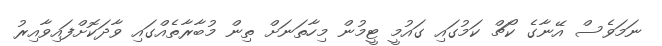
ނަމަވެސް އޭނާގެ ކޯޗް ކަމުގައި ގައުމީ ޓީމުން މިހާތަނަށް ތިން މުބާރާތެއްގައި ވާދަކޮށްފައިވާއިރު